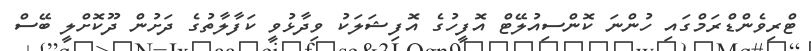
ޓްރިވެންޑްރަމްގައި ހުންނަ ކޮންސިއުލޭޓް އޮފީހުގެ އޮފިޝަލަކު ވިދާޅުވީ ކަފާލާތުގެ ދަށުން ދޫކޮށްލީ ބޭސް